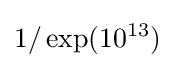
1/\exp({10^{13}})